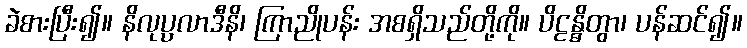
ခဲစားပြီး၍။ နိလုပ္ပလာဒီနိ၊ ကြာညိုပန်း အစရှိသည်တို့ကို။ ပိဠန္ဓိတွာ၊ ပန်ဆင်၍။